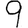
Digit: 9